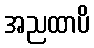
အညထာပိ